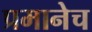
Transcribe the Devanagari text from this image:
प्रमानेच